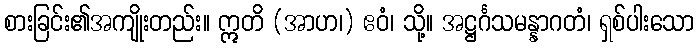
စားခြင်း၏အကျိုးတည်း။ ဣတိ (အာဟ၊) ဧဝံ၊ သို့။ အဋ္ဌင်္ဂသမန္နာဂတံ၊ ရှစ်ပါးသော